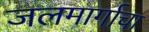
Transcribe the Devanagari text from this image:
जलमार्गाचा